Newspaper: Daily Davenport Democrat. [volume]
Place of publication: Davenport, Iowa
Publisher: [D.N. Richardson]
Date: 1865-06-08 00:00:00
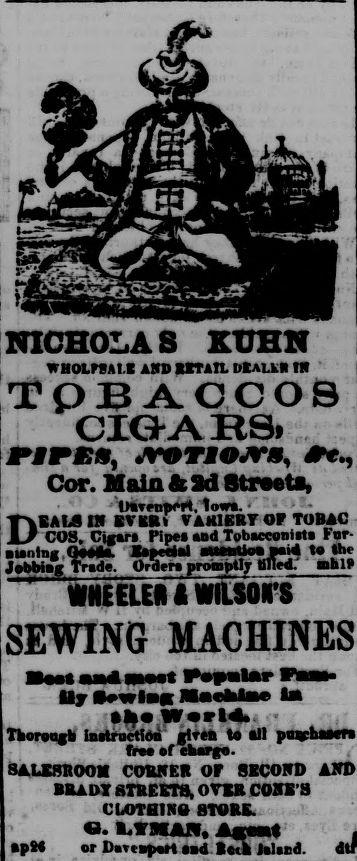
Advertisement text (OCR):
NICHOLAS KTJHN WHOLrtAI I AMD RCTATL DEALkB tH A O S CXGARSi FIP£«, JT9TMOJT8, She, Cor. Main Ac Sd Streets, Davennert, lows. kEALS IN EVKRt VAHIERT OF TOBAI COS. Cigars Pipes and Tobacconists For aisning Qoeda. Bepceial stuntine paid to the Jobbing Trade. Orders promptly tilled. mhlP *HEILtll* WIlSOHS SEWING MACHINES Best aad BMSt Papalar Uy lewlag Hachlae la IlieWerld. Thorangk Instruction given ta all puighaBers free of ebargo. SALESROOM CORKER OF SECOITD BRADY STBEETS, OVER COBB'S CLOTHIN8 STORE. CI. 1.VMAN, Ag«t apM or Davenport sad Bctk talscd. di
Label: illustrations